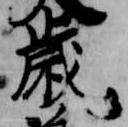
歳